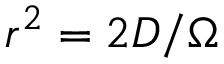
r ^ { 2 } = 2 D / \Omega